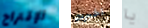
الإقتراح اخبرت يا